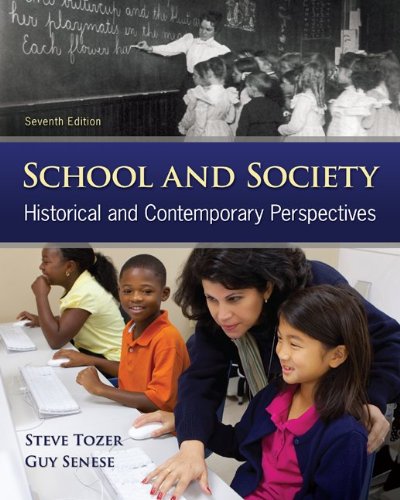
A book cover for School and Society: Historical and Contemporary Perspectives; Steven Tozer; Humor & Entertainment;